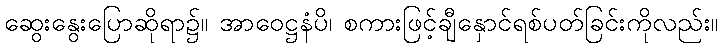
ဆွေးနွေးပြောဆိုရာ၌။ အာဝေဋ္ဌနံပိ၊ စကားဖြင့်ချီနှောင်ရစ်ပတ်ခြင်းကိုလည်း။